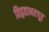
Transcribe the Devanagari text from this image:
विद्वताभरपूर